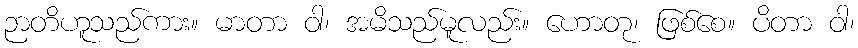
ဉာတိဟူသည်ကား။ မာတာ ဝါ၊ အမိသည်မူလည်း။ ဟောတု၊ ဖြစ်စေ။ ပိတာ ဝါ၊